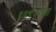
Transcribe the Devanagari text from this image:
१६९४ला